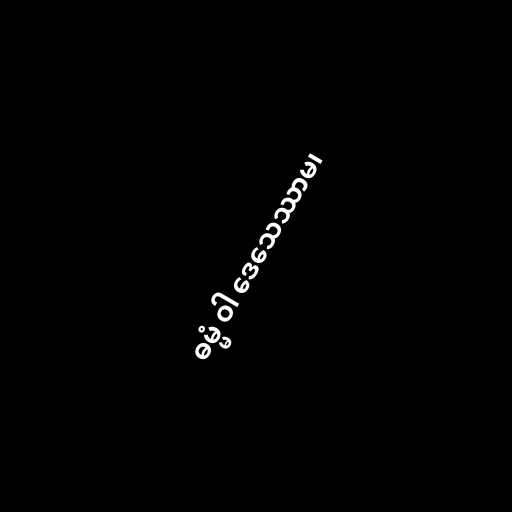
ဓမ္မံ ဝါ ဒေသေဿာမ၊